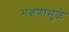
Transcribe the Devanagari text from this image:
भक्षणामुळे